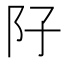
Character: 䦻